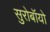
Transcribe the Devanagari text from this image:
सुरोबॉयो